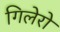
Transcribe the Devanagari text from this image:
गिलेरो